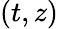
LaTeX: (t,z)